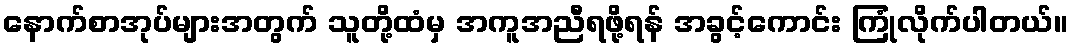
နောက်စာအုပ်များအတွက် သူတို့ထံမှ အကူအညီရဖို့ရန် အခွင့်ကောင်း ကြုံလိုက်ပါတယ်။